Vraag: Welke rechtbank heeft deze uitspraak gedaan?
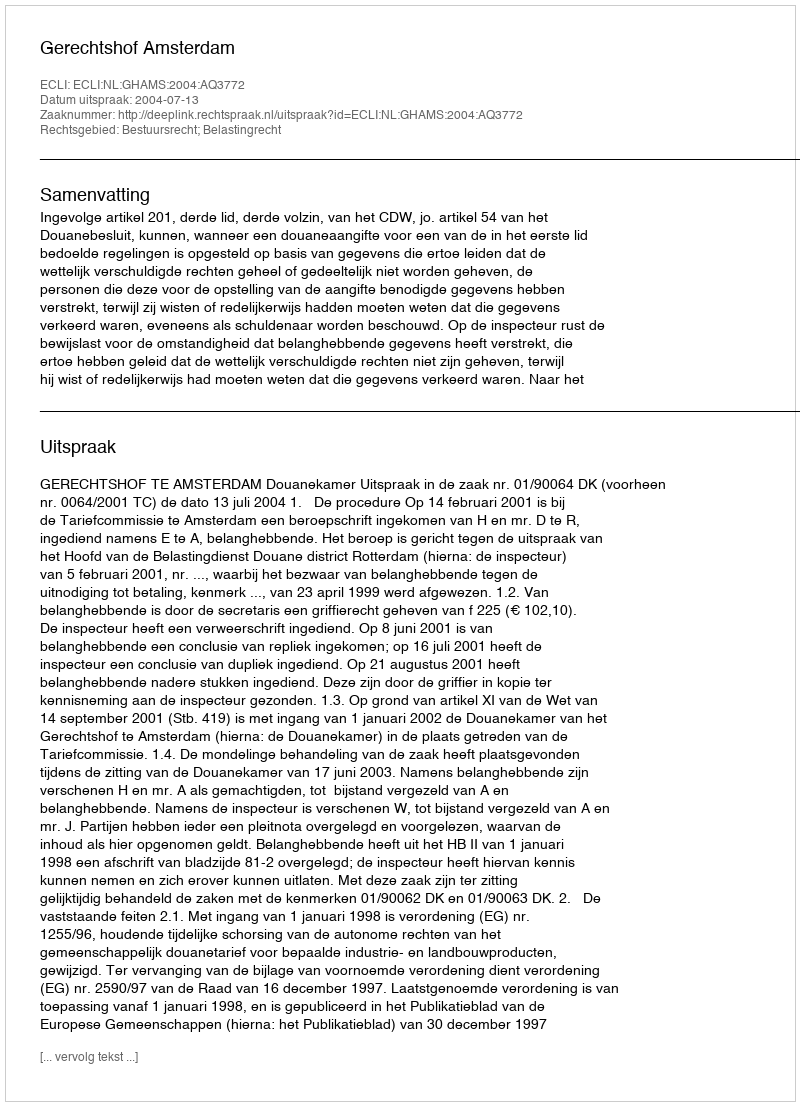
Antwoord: Gerechtshof Amsterdam